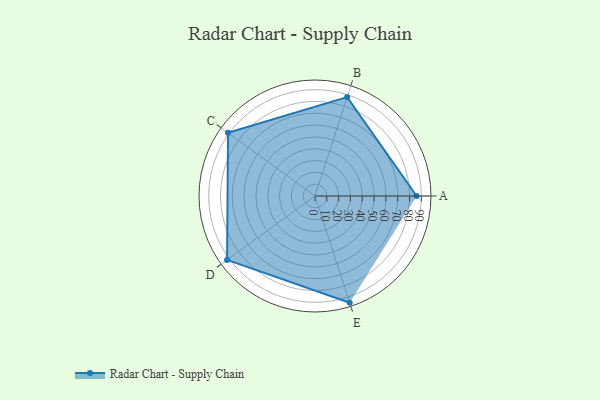
{"axis": {"x": "Skill", "y": "Score"}, "legend": ["Profile"], "data": [{"x": "A", "y": 86.0, "type": "Profile"}, {"x": "B", "y": 88.0, "type": "Profile"}, {"x": "C", "y": 91.0, "type": "Profile"}, {"x": "D", "y": 92.0, "type": "Profile"}, {"x": "E", "y": 95.0, "type": "Profile"}]}